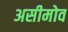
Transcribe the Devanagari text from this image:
असीमोव